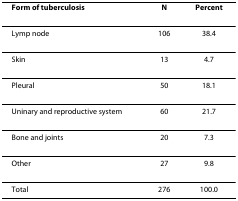
| Form of tuberculosis | N | Percent |
 | --- | --- | --- |
 | Lymp node | 106 | 38.4 |
 | Skin | 13 | 4.7 |
 | Pleural | 50 | 18.1 |
 | Uninary and reproductive system | 60 | 21.7 |
 | Bone and joints | 20 | 7.3 |
 | Other | 27 | 9.8 |
 | Total | 276 | 100.0 |